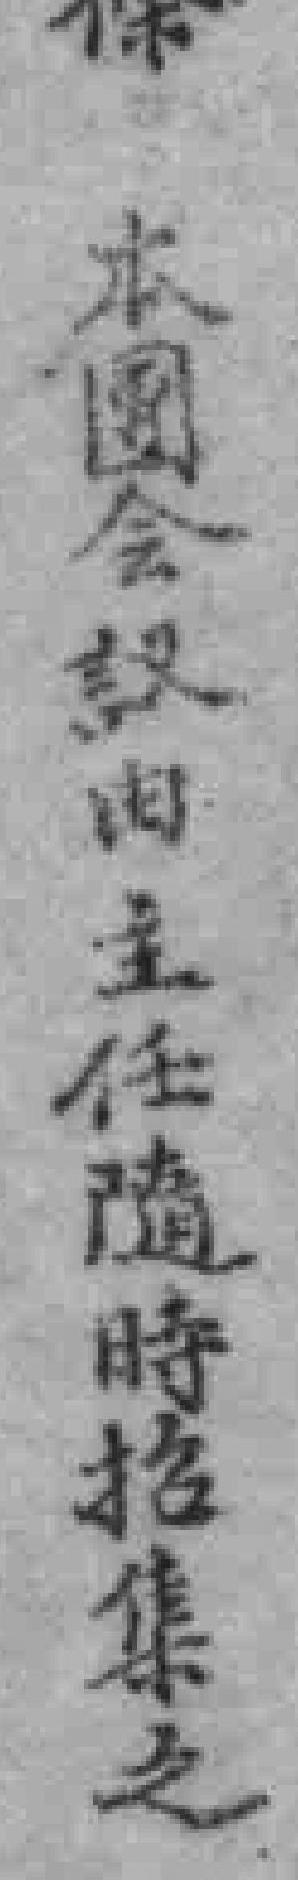
本團會議由主任隨時招集之